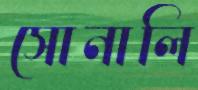
সোনালি